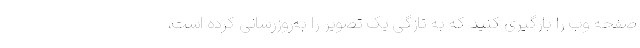
صفحه وب را بارگیری کنید که به تازگی یک تصویر را به‌روزرسانی کرده است،